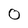
Character: 0